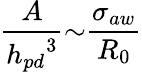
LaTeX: \frac{A}{{h_{pd}}^{3}}{\sim}\frac{{\sigma}_{aw}}{R_{0}}